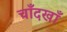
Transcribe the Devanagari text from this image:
चाँदखाँ